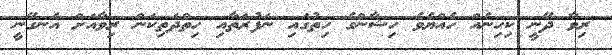
ރިވާ ދޭނީ ކިހިނެއް ހެއްޔެވެ ހިޝާންގެ ހިތުގައި ނަފުރަތާއި ހިތްދަތިކަން ރިވާއަށް އެނގޭނީ